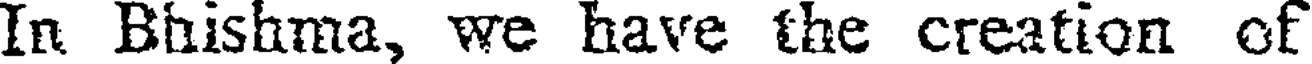
In Bhishma, we have the creation of